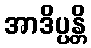
အာဒိပ္ပန္တိ